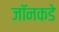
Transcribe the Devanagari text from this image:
जॉनकडे